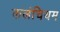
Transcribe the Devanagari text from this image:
कलंचियम